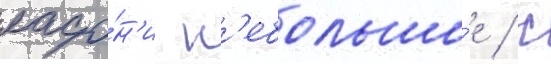
ладо́н'и н'ебольши́е / с